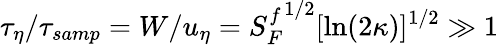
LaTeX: \tau_{\eta}/\tau_{\textit{samp}}=W/u_{\eta}={S_{F}^{f}}^{1/2}[\ln(2\kappa)]^{1/2}\gg 1